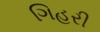
ગિહરી